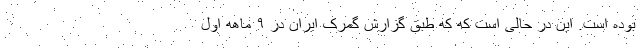
بوده است. این در حالی است که که طبق گزارش گمرک ایران در ۹ ماهه اول